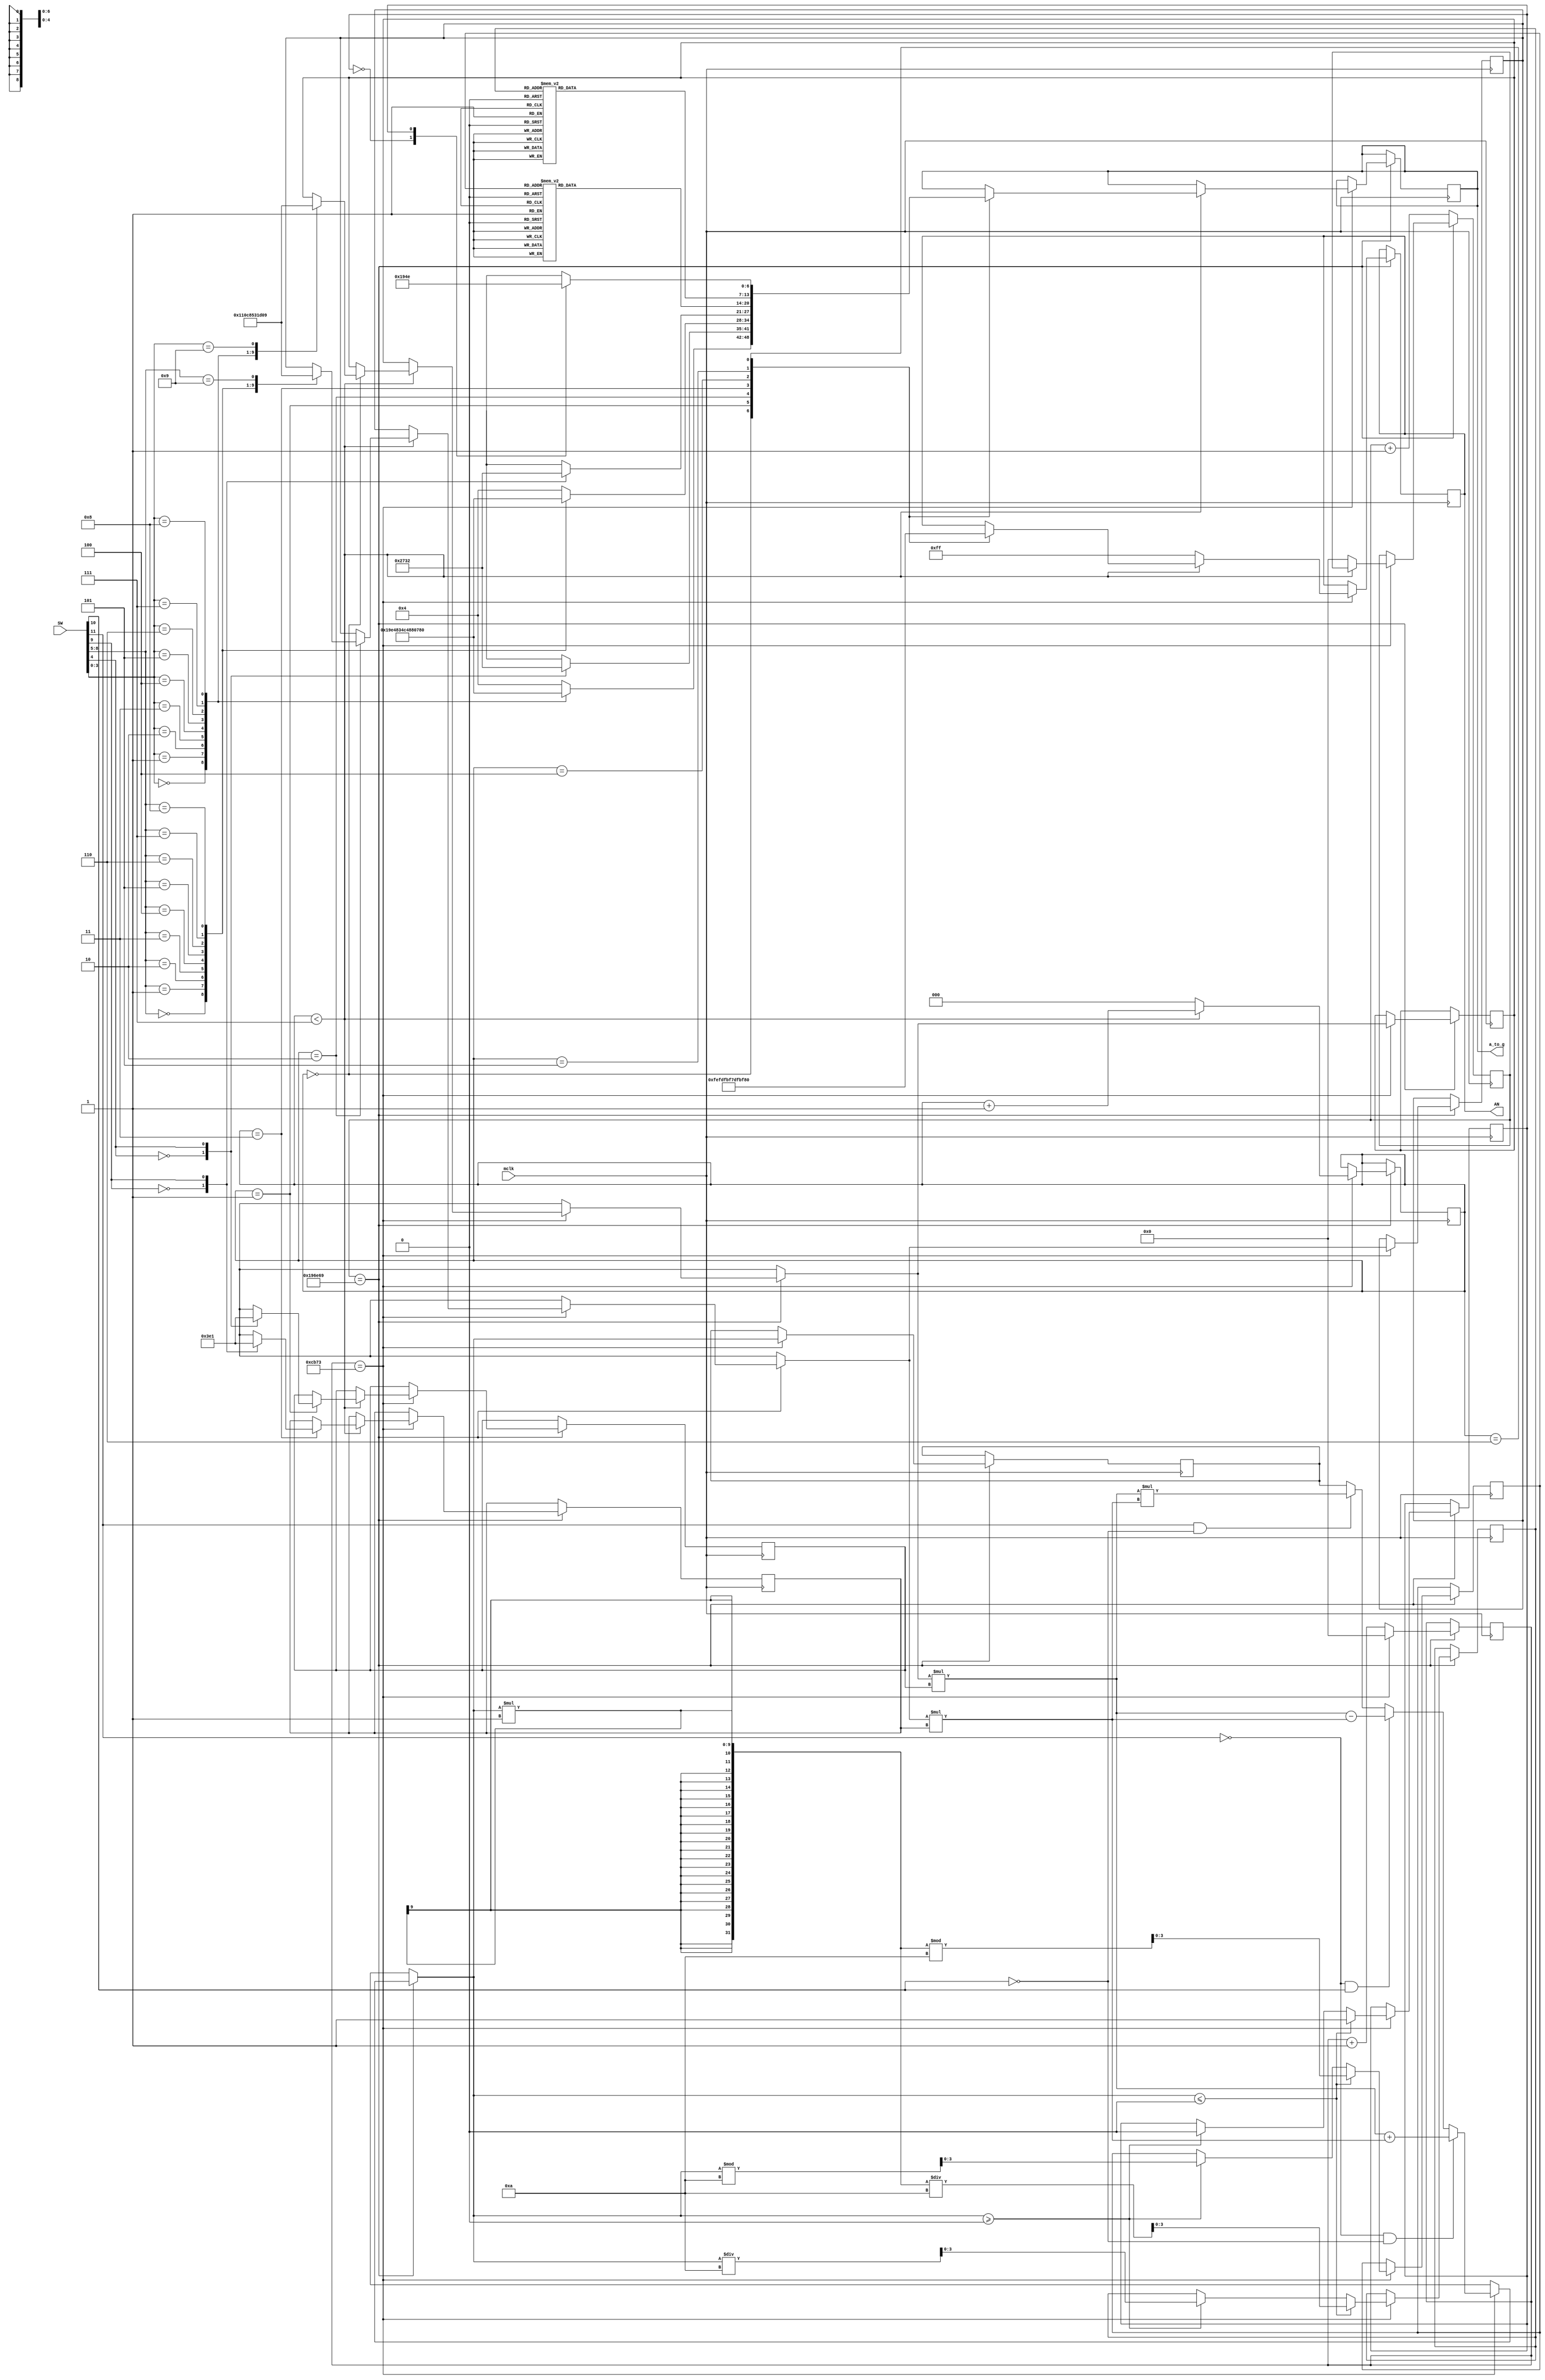
`timescale 1ns / 1ps
//////////////////////////////////////////////////////////////////////////////////
// Company: 
// Engineer: 
// 
// Design Name: 
// Module Name: portA
// Project Name: 
// Target Devices: 
// Tool Versions: 
// Description: 
// 
// Dependencies: 
// 
// Revision:
// Revision 0.01 - File Created
// Additional Comments:
// 
//////////////////////////////////////////////////////////////////////////////////


module portA #(parameter MAX_COUNT = (1666666)-1, MAX_INNER_COUNT = MAX_COUNT/32) (
            input [11:0] SW, // SW[3:0] is port a, SW[4] is port as, SW[8:5] is port b, SW[9] is port bs, swtich 10 and 11 are SW[14] and SW[15] repsectively (for arithemetic)
            input mclk,
            output reg [6:0] a_to_g,
            output reg [7:0] AN
            );
            reg [26:0] counter = 0;
            reg [26:0] innerCounter = 0;
            reg [2:0] displayFlag = 0;  

            reg signed [4:0] temp1 = 0;
            reg signed [4:0] temp2 = 0;
            reg signed [4:0] sign1 = 0;
            reg signed [4:0] sign2 = 0;

            reg check=0; 

            reg signed [8:0] out = 0; 

            reg [3:0] hold_low = 0;
            reg [3:0] hold_high =0; 


    always@(posedge mclk)
    // counts up to the start of refresh period of MAX_COUNT
        if (counter == MAX_COUNT) begin
            // true, start refreshing the displays, one by one with a delay of MAX_INNER_COUNT
            if (innerCounter == MAX_INNER_COUNT) begin
            /*
                if the left most display is only on, then the case statement 
                is ending with the last case before the refresh so the inner 
                counter should be reset to give time for the other cases
            */
              

                if (displayFlag < 7) begin
                    case (displayFlag)
                    0: begin
                        AN = 8'b11111110;
                        case(SW[3:0])
                            4'd0:begin a_to_g = 7'b0000001;
                                        temp1 = 4'd0; end
                            4'd1:begin a_to_g = 7'b1001111;
                                        temp1 = 4'd1; end
                            4'd2:begin a_to_g = 7'b0010010;
                                        temp1 = 4'd2; end
                            4'd3:begin a_to_g = 7'b0000110;
                                        temp1 = 4'd3; end
                            4'd4:begin a_to_g = 7'b1001100;
                                        temp1 = 4'd4; end
                            4'd5:begin a_to_g = 7'b0100100;
                                        temp1 = 4'd5; end
                            4'd6:begin a_to_g = 7'b0100000;
                                        temp1 = 4'd6; end
                            4'd7:begin a_to_g = 7'b0001111;
                                        temp1 = 4'd7; end
                            4'd8:begin a_to_g = 7'b0000000;
                                        temp1 = 4'd8; end
                            4'd9:begin a_to_g = 7'b0000100;
                                        temp1 = 4'd9; end
                            default: a_to_g = 7'b0000100;
                        endcase
                        end
                    1: begin  
                        AN = 8'b11111101;
                        case(SW[4])
                            0:begin a_to_g = 7'b1001110;
                                    sign1 <= -1; 
                                    end
                            1:begin a_to_g = 7'b0110010;
                                    sign1 <= 1; 
                                    end 
                        endcase
                        end
                    2: begin
                        AN = 8'b11111011;
                        case(SW[8:5])
                            4'd0:begin a_to_g = 7'b0000001;
                                        temp2 = 4'd0; end
                            4'd1:begin a_to_g = 7'b1001111;
                                        temp2 = 4'd1; end
                            4'd2:begin a_to_g = 7'b0010010;
                                        temp2 = 4'd2; end
                            4'd3:begin a_to_g = 7'b0000110;
                                        temp2 = 4'd3; end
                            4'd4:begin a_to_g = 7'b1001100;
                                        temp2 = 4'd4; end
                            4'd5:begin a_to_g = 7'b0100100;
                                        temp2 = 4'd5; end
                            4'd6:begin a_to_g = 7'b0100000;
                                        temp2 = 4'd6; end
                            4'd7:begin a_to_g = 7'b0001111;
                                        temp2 = 4'd7; end
                            4'd8:begin a_to_g = 7'b0000000;
                                        temp2 = 4'd8; end
                            4'd9:begin a_to_g = 7'b0000100;
                                        temp2 = 4'd9; end
                            default: a_to_g = 7'b0000100;
                        endcase
                        end
                    3: begin
                        AN = 8'b11110111;
                        case(SW[9])
                            0:begin a_to_g = 7'b1001110;
                                    sign2 <= -1; 
                                    end
                            1:begin a_to_g = 7'b0110010;
                                    sign2 <= 1; 
                                    end
                            endcase
                        end
                    4: begin
                        AN = 8'b11011111;
                        case(hold_low)
                            4'd0: a_to_g = 7'b0000001;
                            4'd1: a_to_g = 7'b1001111;
                            4'd2: a_to_g = 7'b0010010;
                            4'd3: a_to_g = 7'b0000110;
                            4'd4: a_to_g = 7'b1001100;
                            4'd5: a_to_g = 7'b0100100;
                            4'd6: a_to_g = 7'b0100000;
                            4'd7: a_to_g = 7'b0001111;
                            4'd8: a_to_g = 7'b0000000;
                            4'd9: a_to_g = 7'b0000100;
                            default: a_to_g = 7'b1111110;
                        endcase
                        end
                    5: begin
                        AN = 8'b10111111;
                        case(hold_high)
                            4'd0: a_to_g = 7'b0000001;
                            4'd1: a_to_g = 7'b1001111;
                            4'd2: a_to_g = 7'b0010010;
                            4'd3: a_to_g = 7'b0000110;
                            4'd4: a_to_g = 7'b1001100;
                            4'd5: a_to_g = 7'b0100100;
                            4'd6: a_to_g = 7'b0100000;
                            4'd7: a_to_g = 7'b0001111;
                            4'd8: a_to_g = 7'b0000000;
                            4'd9: a_to_g = 7'b0000100;
                            default: a_to_g = 7'b1111110;
                        endcase
                        end
                    6: begin
                            AN = 8'b01111111;
                            case (check)
                                0: a_to_g = 7'b0110010;
                                1: a_to_g = 7'b1001110;
                            endcase
                                
                            end
                        //end
                       
                    endcase

                    displayFlag = displayFlag + 1;
                    innerCounter = 0;
                end

                else begin //if greater than 4, reset everything 
                    displayFlag = 0;
                    innerCounter = 0;
                    counter = 0;
                    displayFlag = 0;
                    AN = 8'b11111111;
                end

            //Calculating 
            
            if (SW[11]==0 & SW[10]==0) begin        //addition
                out = (temp1*sign1) + (temp2*sign2); 
            end
            else if (SW[11]==0 & SW[10]==1) begin   //subtration
                out = (temp1*sign1) - (temp2*sign2);
            end
            else if (SW[11]==1 & SW[10]==0) begin   //multiplication
                out = (temp1*sign1) * (temp2*sign2);
            end


            if (out <= 0) begin 
                // set to positive and set check (sign)
                check = 1;
                hold_high = (out*-1) / 10;                   //set the high and lower bits
                hold_low = (out*-1) % 10;   
            end
            else if(out >= 0) begin
                check = 0;
                hold_high = out / 10;                   //set the high and lower bits
                hold_low = out % 10;   
            end
            

        

        end
            //if not max inner_counter, increment
                else begin
                    innerCounter = innerCounter + 1;
                end
        end //end of inner counter
            //if not max counter, increment
        else begin
                counter = counter + 1;
    end//end of counter


    
endmodule